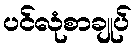
ပင်လုံစာချုပ်